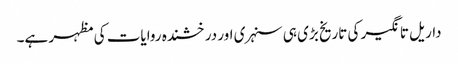
داریل تانگیر کی تاریخ بڑی ہی سنہری اور درخشندہ روایات کی مظہر ہے۔